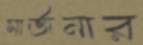
মার্জনার